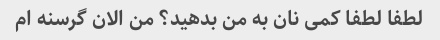
لطفا لطفا کمی نان به من بدهید؟ من الان گرسنه ام